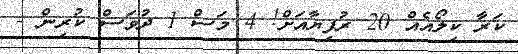
ކަރާ ކިލޯއެއް 20 ރުފިޔާއަށް! 4 މަސް 1 ދުވަސް ކުރިން -